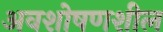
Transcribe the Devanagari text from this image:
अवशोषणशील